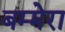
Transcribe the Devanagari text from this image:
बम्मेरा